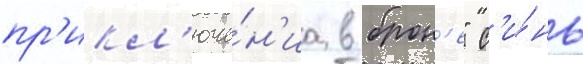
пр'икл'юче́н'иа в брон'е" с'и́нь